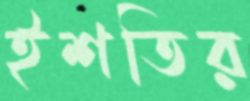
ইশতির